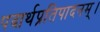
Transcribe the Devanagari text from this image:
पदार्थप्रतिपादनम्।